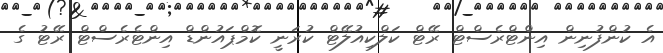
އެ ކުންފުނިން އިންޓްރެސްޓް ރޭޓް ކަލްކިއުލޭޓް ކުރަނީ ކޮމްޕައުންޑް އިންޓެރެސްޓް ރޭޓު ގެ